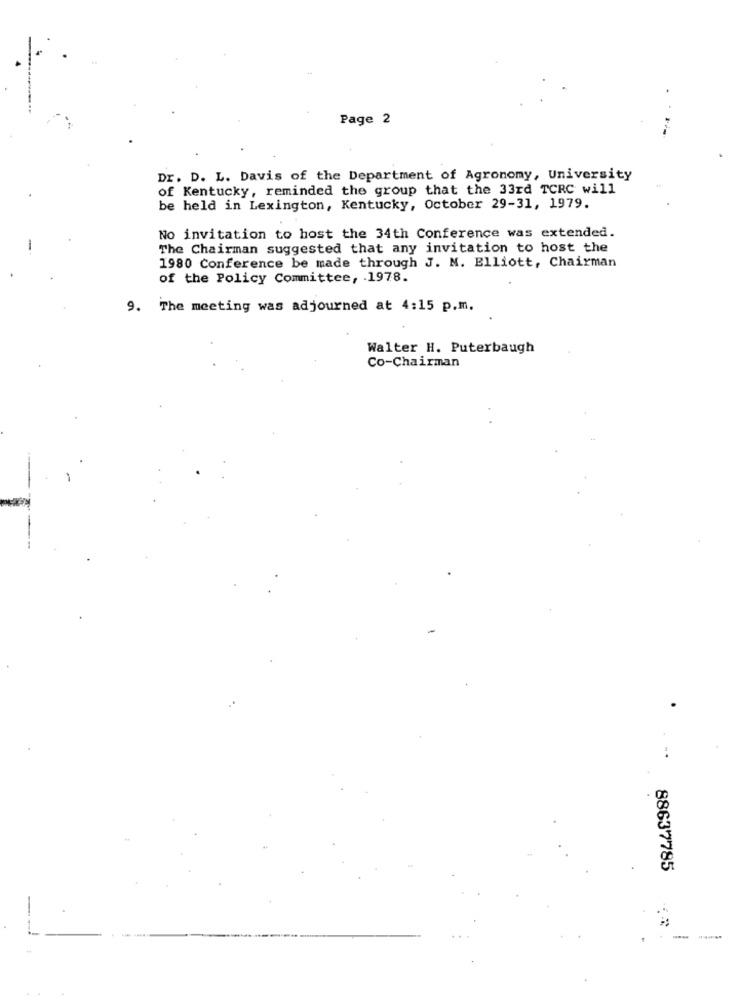
Page 2
Dr. D. L. Davis of the Department of Agronomy, University
of Kentucky, reminded the group that the 33rd TCRC will
be held in Lexington, Kentucky, October 29-31, 1979.
No invitation to host the 34th Conference was extended.
The Chairman suggested that any invitation to host the
1980 Conference be made through J. N. Elliott, Chairman
of the Policy Committee, 1978.
9. The meeting was adjourned at 4:15 p.m.
Walter H. Puterbaugh
Co-Chairman
88637785